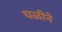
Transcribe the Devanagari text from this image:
घळीने